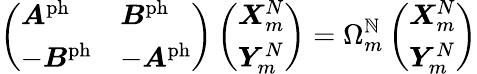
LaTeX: \left(\begin{array}{ll}{\boldsymbol{A}^{\mathrm{ph}}}&{\boldsymbol{B}^{\mathrm{ph}}}\\ {-\boldsymbol{B}^{\mathrm{ph}}}&{-\boldsymbol{A}^{\mathrm{ph}}}\end{array}\right)\left(\begin{array}{l}{\boldsymbol{X}_{m}^{N}}\\ {\boldsymbol{Y}_{m}^{N}}\end{array}\right)=\Omega_{m}^{\mathbb{N}}\left(\begin{array}{l}{\boldsymbol{X}_{m}^{N}}\\ {\boldsymbol{Y}_{m}^{N}}\end{array}\right)